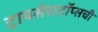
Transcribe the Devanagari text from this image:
ट्रायसेराटॉप्सची